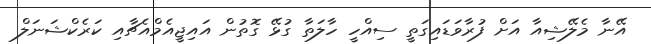
އޭނާ މެލޭޝިއާ އަށް ފުރާވަޑައިގަތީ ސިއްހީ ހާލަތާ ގުޅޭ ގޮތުން އައިޖީއެމްއެޗާއި ކަރެކްޝަނަލް